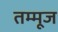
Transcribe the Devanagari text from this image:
तम्मूज